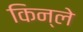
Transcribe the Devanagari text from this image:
किन्ले